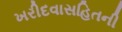
ખરીદવાસહિતની